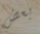
بعض